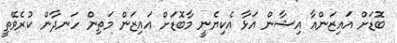
ބޮޑަށް އައިޒަންއާ އިޝާން އަޅާ އެކިޔެނީ މާބޮޑަށް އައިޒަން މަތިން ހަނދާން ކުރެވޭތީ